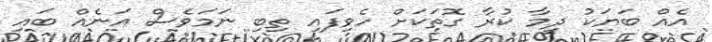
އެއް ބަޔަކު ދިމާ ކުރާ ގޮތަކަށް ހެވިފައި ތިބި ނަމަވެސް އަނެއް ބައި